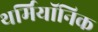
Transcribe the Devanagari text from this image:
थर्मियॉनिक